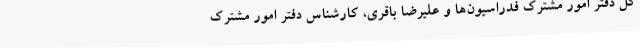
کل دفتر امور مشترک فدراسیون‌ها و علیرضا باقری، کارشناس دفتر امور مشترک